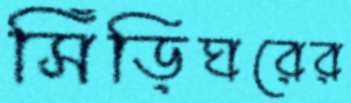
সিঁড়িঘরের